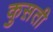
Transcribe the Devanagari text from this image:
कुस़ती